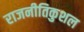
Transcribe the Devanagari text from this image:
राजनीतिकुशल